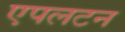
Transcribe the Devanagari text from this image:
एपलटन